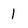
Character: 1